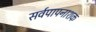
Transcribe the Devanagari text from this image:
सर्वपापनाशक